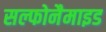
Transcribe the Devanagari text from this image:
सल्फोनैमाइड